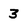
Character: 3